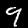
Label: 9